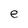
Character: e